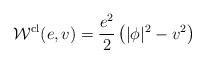
LaTeX: \begin{align*}{\cal W}^{\rm cl}(e,v)=\frac{e^2}2 \left( |\phi |^2 -v^2 \right) \end{align*}